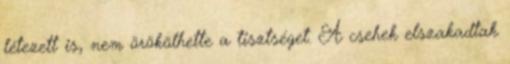
létezett is, nem örökölhette a tisztséget. A csehek elszakadtak